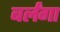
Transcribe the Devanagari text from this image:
बर्लंगा